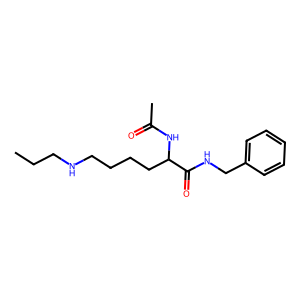
SMILES: CCCNCCCCC(NC(C)=O)C(=O)NCc1ccccc1
Inhibits HIV replication: No